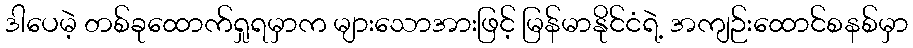
ဒါပေမဲ့ တစ်ခုထောက်ရှုရမှာက များသောအားဖြင့် မြန်မာနိုင်ငံရဲ့ အကျဉ်းထောင်စနစ်မှာ